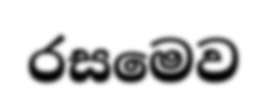
රසමෙව